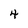
Character: 4